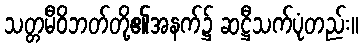
သတ္တမီဝိဘတ်တို့၏အနက်၌ ဆဋ္ဌီသက်ပုံတည်း။